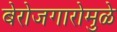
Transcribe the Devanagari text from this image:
बेरोजगारोमुळे